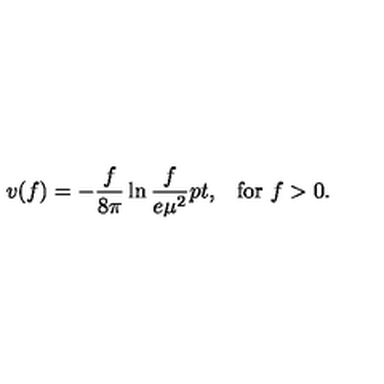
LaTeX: v ( f ) = - { \frac { f } { 8 \pi } } \ln { \frac { f } { e \mu ^ { 2 } } } \raise 2 p t \mathrm { , } \quad \mathrm { f o r } \ f > 0 .